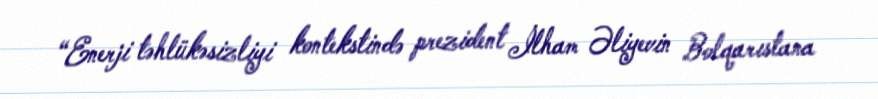
“Enerji təhlükəsizliyi kontekstində prezident İlham Əliyevin Bolqarıstana